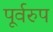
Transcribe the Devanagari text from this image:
पूर्वरुप